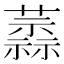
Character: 𧁞